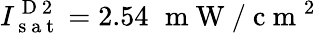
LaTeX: I_{\mathrm{~s~a~t~}}^{\mathrm{~D~2~}}=2.54\, \, \mathrm{~m~W~}/\mathrm{~c~m~}^{2}